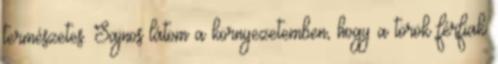
természetes. Sajnos látom a környezetemben, hogy a török férfiak